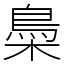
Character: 䲷